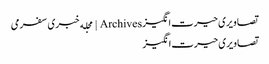
تصاویری حیرت‌انگیز Archives | مجله خبری سفرمی
تصاویری حیرت‌انگیز